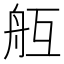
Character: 𦨝